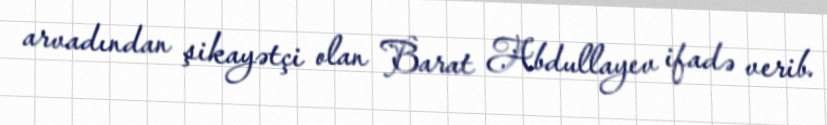
arvadından şikayətçi olan Barat Abdullayev ifadə verib.